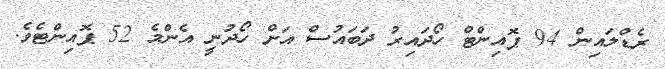
ރެޑްލައިން 94 ޕޮއިންޓް ހޯދައިރު ދަބައުސް އަށް ހޯދުނީ އެންމެ 52 ޕޮއިންޓެވެ.